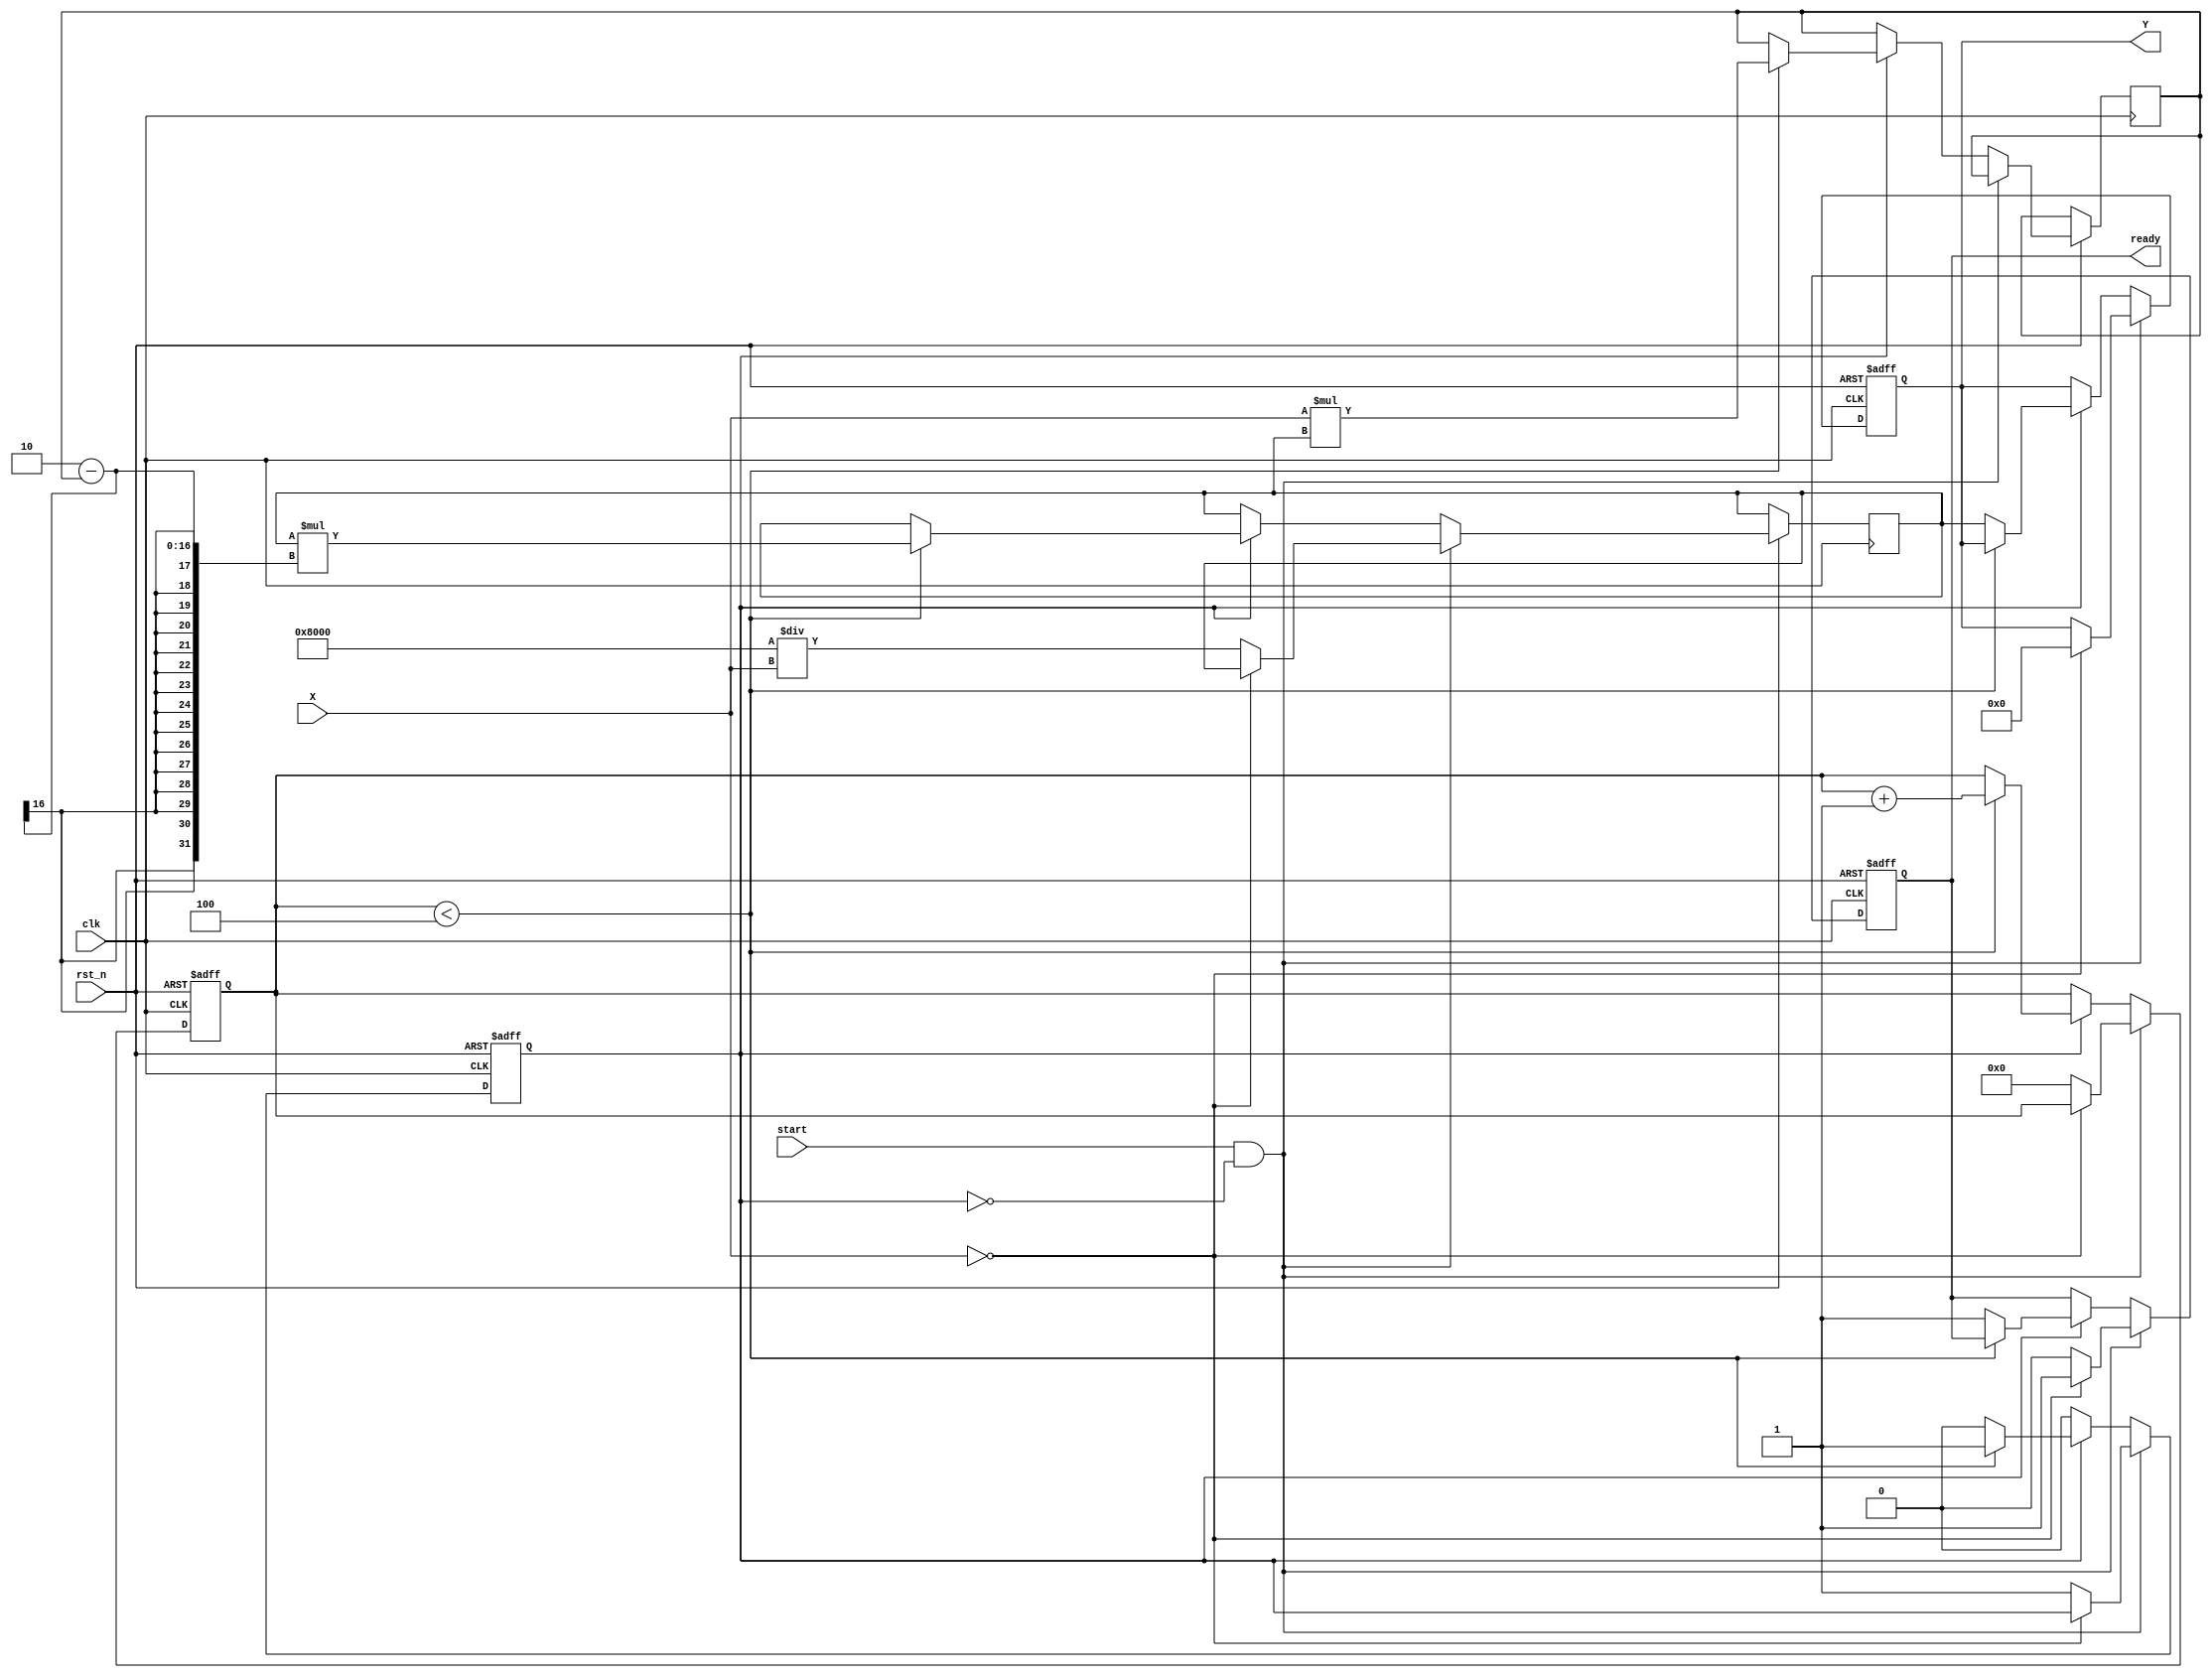
module fixed_point_reciprocal #(
    parameter N = 16,           // Total bits (including sign bit)
    parameter M = 8,            // Integer bits
    parameter L = N - 1 - M    // Fractional bits (M+L = N-1)
)(
    input wire clk,             // Clock input
    input wire rst_n,           // Active low reset
    input wire [N-1:0] X,       // Fixed-point input (Qm.n)
    input wire start,           // Start signal for computation
    output reg [N-1:0] Y,       // Fixed-point output (Qm.n)
    output reg ready            // Output ready signal
);

    // Intermediate variables
    reg [N-1:0] inv_x;          // Current approximation of the inverse
    reg [N-1:0] x_squared;      // x^2 for conditions
    reg [3:0] iteration;         // Iteration counter
    reg busy;                   // Busy flag

    // Constants
    localparam MAX_ITERATIONS = 4; // Maximum iterations for convergence

    always @(posedge clk or negedge rst_n) begin
        if (!rst_n) begin
            Y <= 0;
            ready <= 1;
            busy <= 0;
            iteration <= 0;
        end else if (start && !busy) begin
            // Check for zero input
            if (X == 0) begin
                Y <= 0; // Define the output for zero input
                ready <= 1;
            end else begin
                // Start reciprocal calculation
                inv_x <= {1'b1, {N-1{1'b0}}} / X; // Initial guess (1/X)
                iteration <= 0;
                busy <= 1; 
                ready <= 0; 
            end
        end else if (busy) begin
            if (iteration < MAX_ITERATIONS) begin
                x_squared <= X * inv_x; // Compute X * inv_x
                inv_x <= inv_x * (2 - x_squared); // Newton-Raphson update

                iteration <= iteration + 1;
            end else begin
                Y <= inv_x; // Final output
                ready <= 1;
                busy <= 0;
            end
        end
    end
endmodule